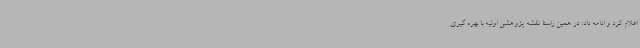
اعلام کرد و ادامه داد: در همین راستا نقشه پژوهشی اولیه با بهره گیری